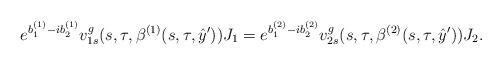
LaTeX: \begin{align*} e^{b_1^{(1)} -ib_2^{(1)} } v_{1s}^g(s,\tau,\beta^{(1)}(s,\tau,\hat y'))J_1=e^{b_1^{(2)} -ib_2^{(2)} } v_{2s}^g(s,\tau,\beta^{(2)}(s,\tau,\hat y'))J_2.\end{align*}